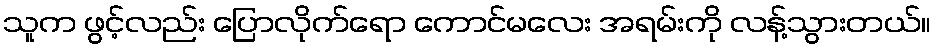
သူက ဖွင့်လည်း ပြောလိုက်ရော ကောင်မလေး အရမ်းကို လန့်သွားတယ်။